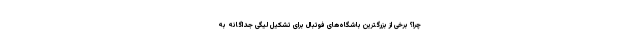
چرا؟ برخی از بزرگترین باشگاه‌های فوتبال برای تشکیل لیگی جداگانه به